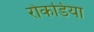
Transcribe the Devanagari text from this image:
रोकडिया